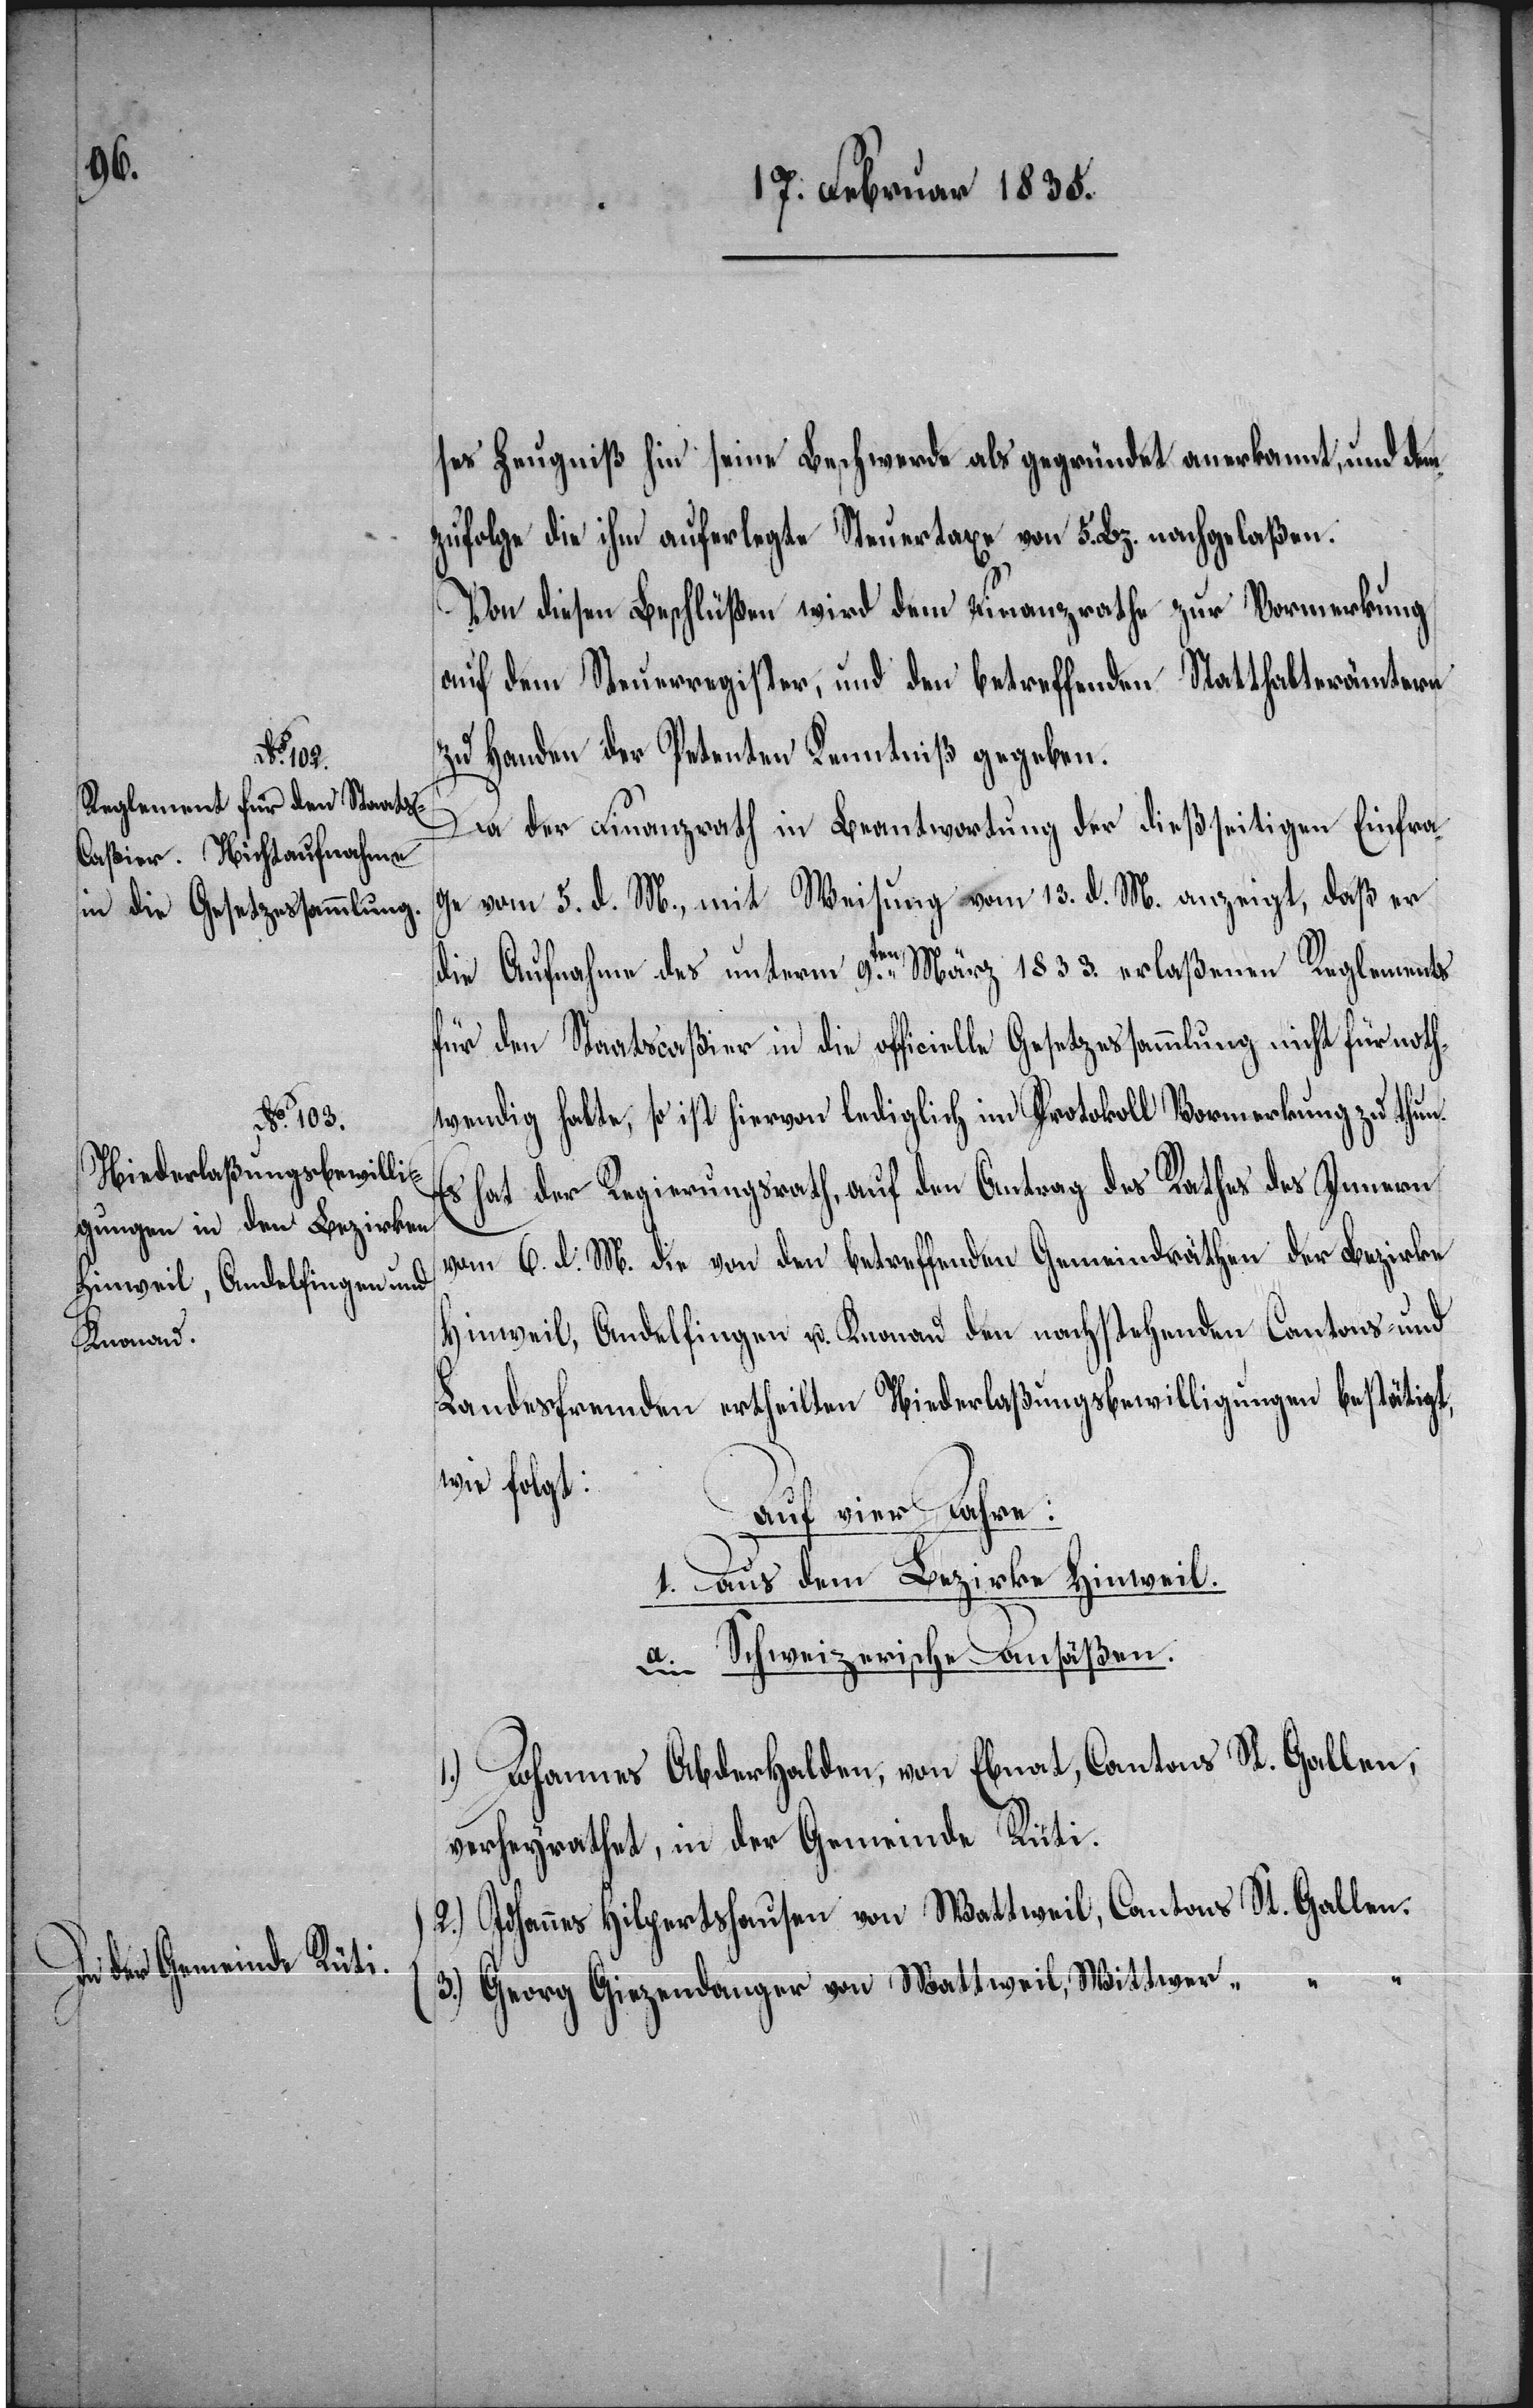
In der Gemeinde Rüti.

ses Zeugniß hin seine Beschwerde als gegründet anerkannt, und dem¬
zufolge die ihm auferlegte Steuertaxe von 5. Bz. nachgelaßen.
Von diesen Beschlüßen wird dem Finanzrathe zur Vormerkung
auf dem Steuerregister, und den betreffenden Statthalterämtern
zu Handen der Petenten Kenntniß gegeben.
Da der Finanzrath in Beantwortung der dießseitigen Einfra¬
ge vom 5. d. M. mit Weisung vom 31. d. M. anzeigt, daß er
die Aufnahme des unterm 9.ten März 1833. erlaßenen Reglements
für den Staatscaßier in die officielle Gesetzessammlung nicht für noth¬
wendig halte, so ist hiervon lediglich im Protokoll Vormerkung zu thun.
Es hat der Regierungsrath, auf den Antrag des Rathes des Innern
vom 6. d. M. die von den betreffenden Gemeindräthen der Bezirke
Hinweil, Andelfingen u. Knonau den nachstehenden Cantons- und
Landesfremden ertheilten Niederlaßungsbewilligungen bestätigt,
wie folgt:
Auf vier Jahre:
1. Aus dem Bezirke Hinweil.
a. Schweizerische Ansäßen.
1.) Johannes Abderhalden, von Ebnat, Cantons St. Gallen,
verheyrathet, in der Gemeinde Rüti.
2.) Johannes Hilpertshausen von Wattweil, Cantons St. Gallen.
3.) Georg Giezendanger von Wattweil, Wittwer,